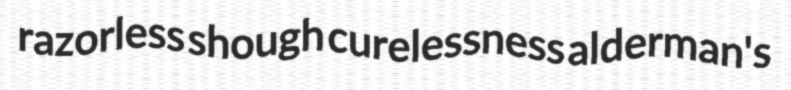
razorless shough curelessness alderman's